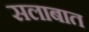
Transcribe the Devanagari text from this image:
सलाबात